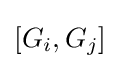
[G_{i},G_{j}]